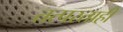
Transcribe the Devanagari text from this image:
तत्परताही